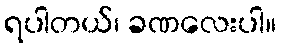
ရပါတယ်၊ ခဏလေးပါ။